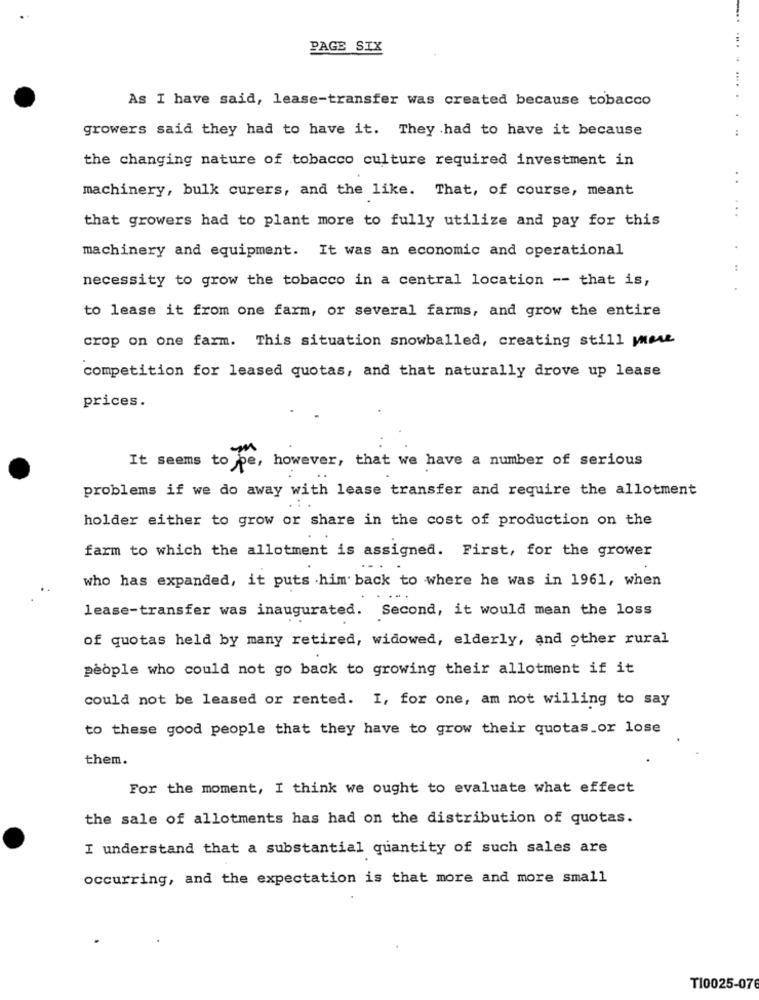
PAGE SIX
As I have said, lease-transfer was created because tobacco
growers said they had to have it. They had to have it because
the changing nature of tobacco culture required investment in
..
machinery, bulk curers, and the like. That, of course, meant
...
that growers had to plant more to fully utilize and pay for this
machinery and equipment. It was an economic and operational
necessity to grow the tobacco in a central location -- that is,
to lease it from one farm, or several farms, and grow the entire
crop on one farm. This situation snowballed, creating still more
competition for leased quotas, and that naturally drove up lease
prices.
m
It seems to be, however, that we have a number of serious
problems if we do away with lease transfer and require the allotment
holder either to grow or share in the cost of production on the
farm to which the allotment is assigned. First, for the grower
who has expanded, it puts .him back to where he was in 1961, when
lease-transfer was inaugurated. Second, it would mean the loss
of quotas held by many retired, widowed, elderly, and other rural
people who could not go back to growing their allotment if it
could not be leased or rented. I, for one, am not willing to say
to these good people that they have to grow their quotas_or lose
them.
For the moment, I think we ought to evaluate what effect
the sale of allotments has had on the distribution of quotas.
I understand that a substantial quantity of such sales are
occurring, and the expectation is that more and more small
TI0025-076